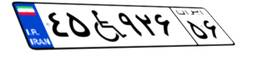
۸۶W۴۵۱۴۶